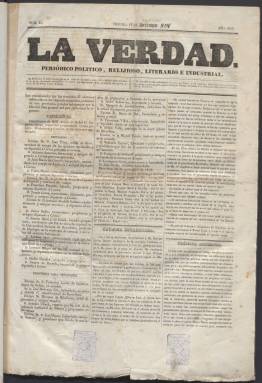
Título: La Verdad (Barcelona)
Colección: Periódicos anteriores a 1850
Ámbito geográfico: Barcelona
Lugar de publicación: Barcelona
Fechas: 01/12/1843-30/11/1844